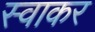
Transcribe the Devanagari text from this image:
स्वाकर